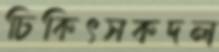
চিকিৎসকদল